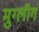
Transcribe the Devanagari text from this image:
मुग्लीगं